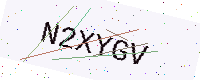
Text: N2XYGV